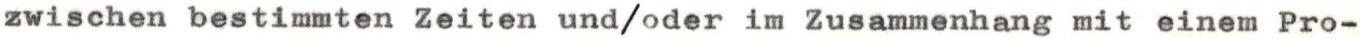
zwischen bestimmten Zeiten und/oder im Zusammenhang mit einem Pro-